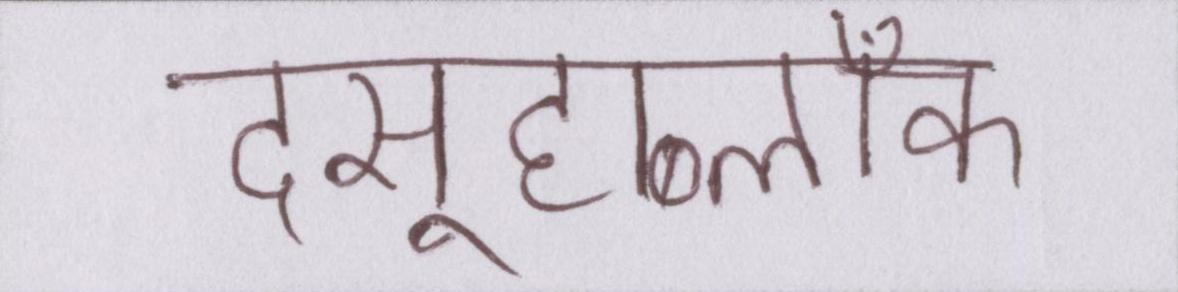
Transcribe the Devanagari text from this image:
दसूहाब्लॉक